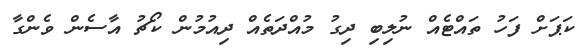
ކަޕަށް ފަހު ތައްޓެއް ނުލިބި ދިގު މުއްދަތެއް ދިއުމުން ކޯޗު އާސެން ވެންގާ